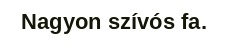
Nagyon szívós fa.